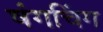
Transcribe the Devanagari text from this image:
षंगचिंग